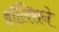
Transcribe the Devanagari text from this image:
हॉलिसने